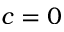
c = 0